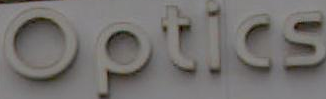
Optics